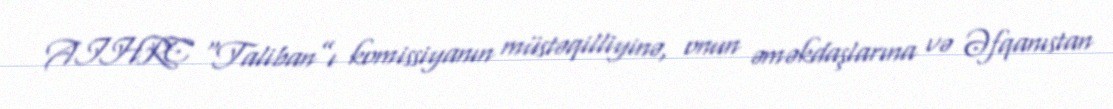
AIHRC “Taliban”ı komissiyanın müstəqilliyinə, onun əməkdaşlarına və Əfqanıstan